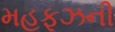
મહફૂઝની